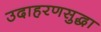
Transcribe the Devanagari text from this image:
उदाहरणसुद्धा